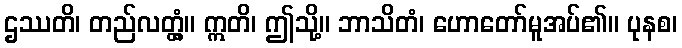
ဌဿတိ၊ တည်လတ္တံ့။ ဣတိ၊ ဤသို့။ ဘာသိတံ၊ ဟောတော်မူအပ်၏။ ပုနစ၊